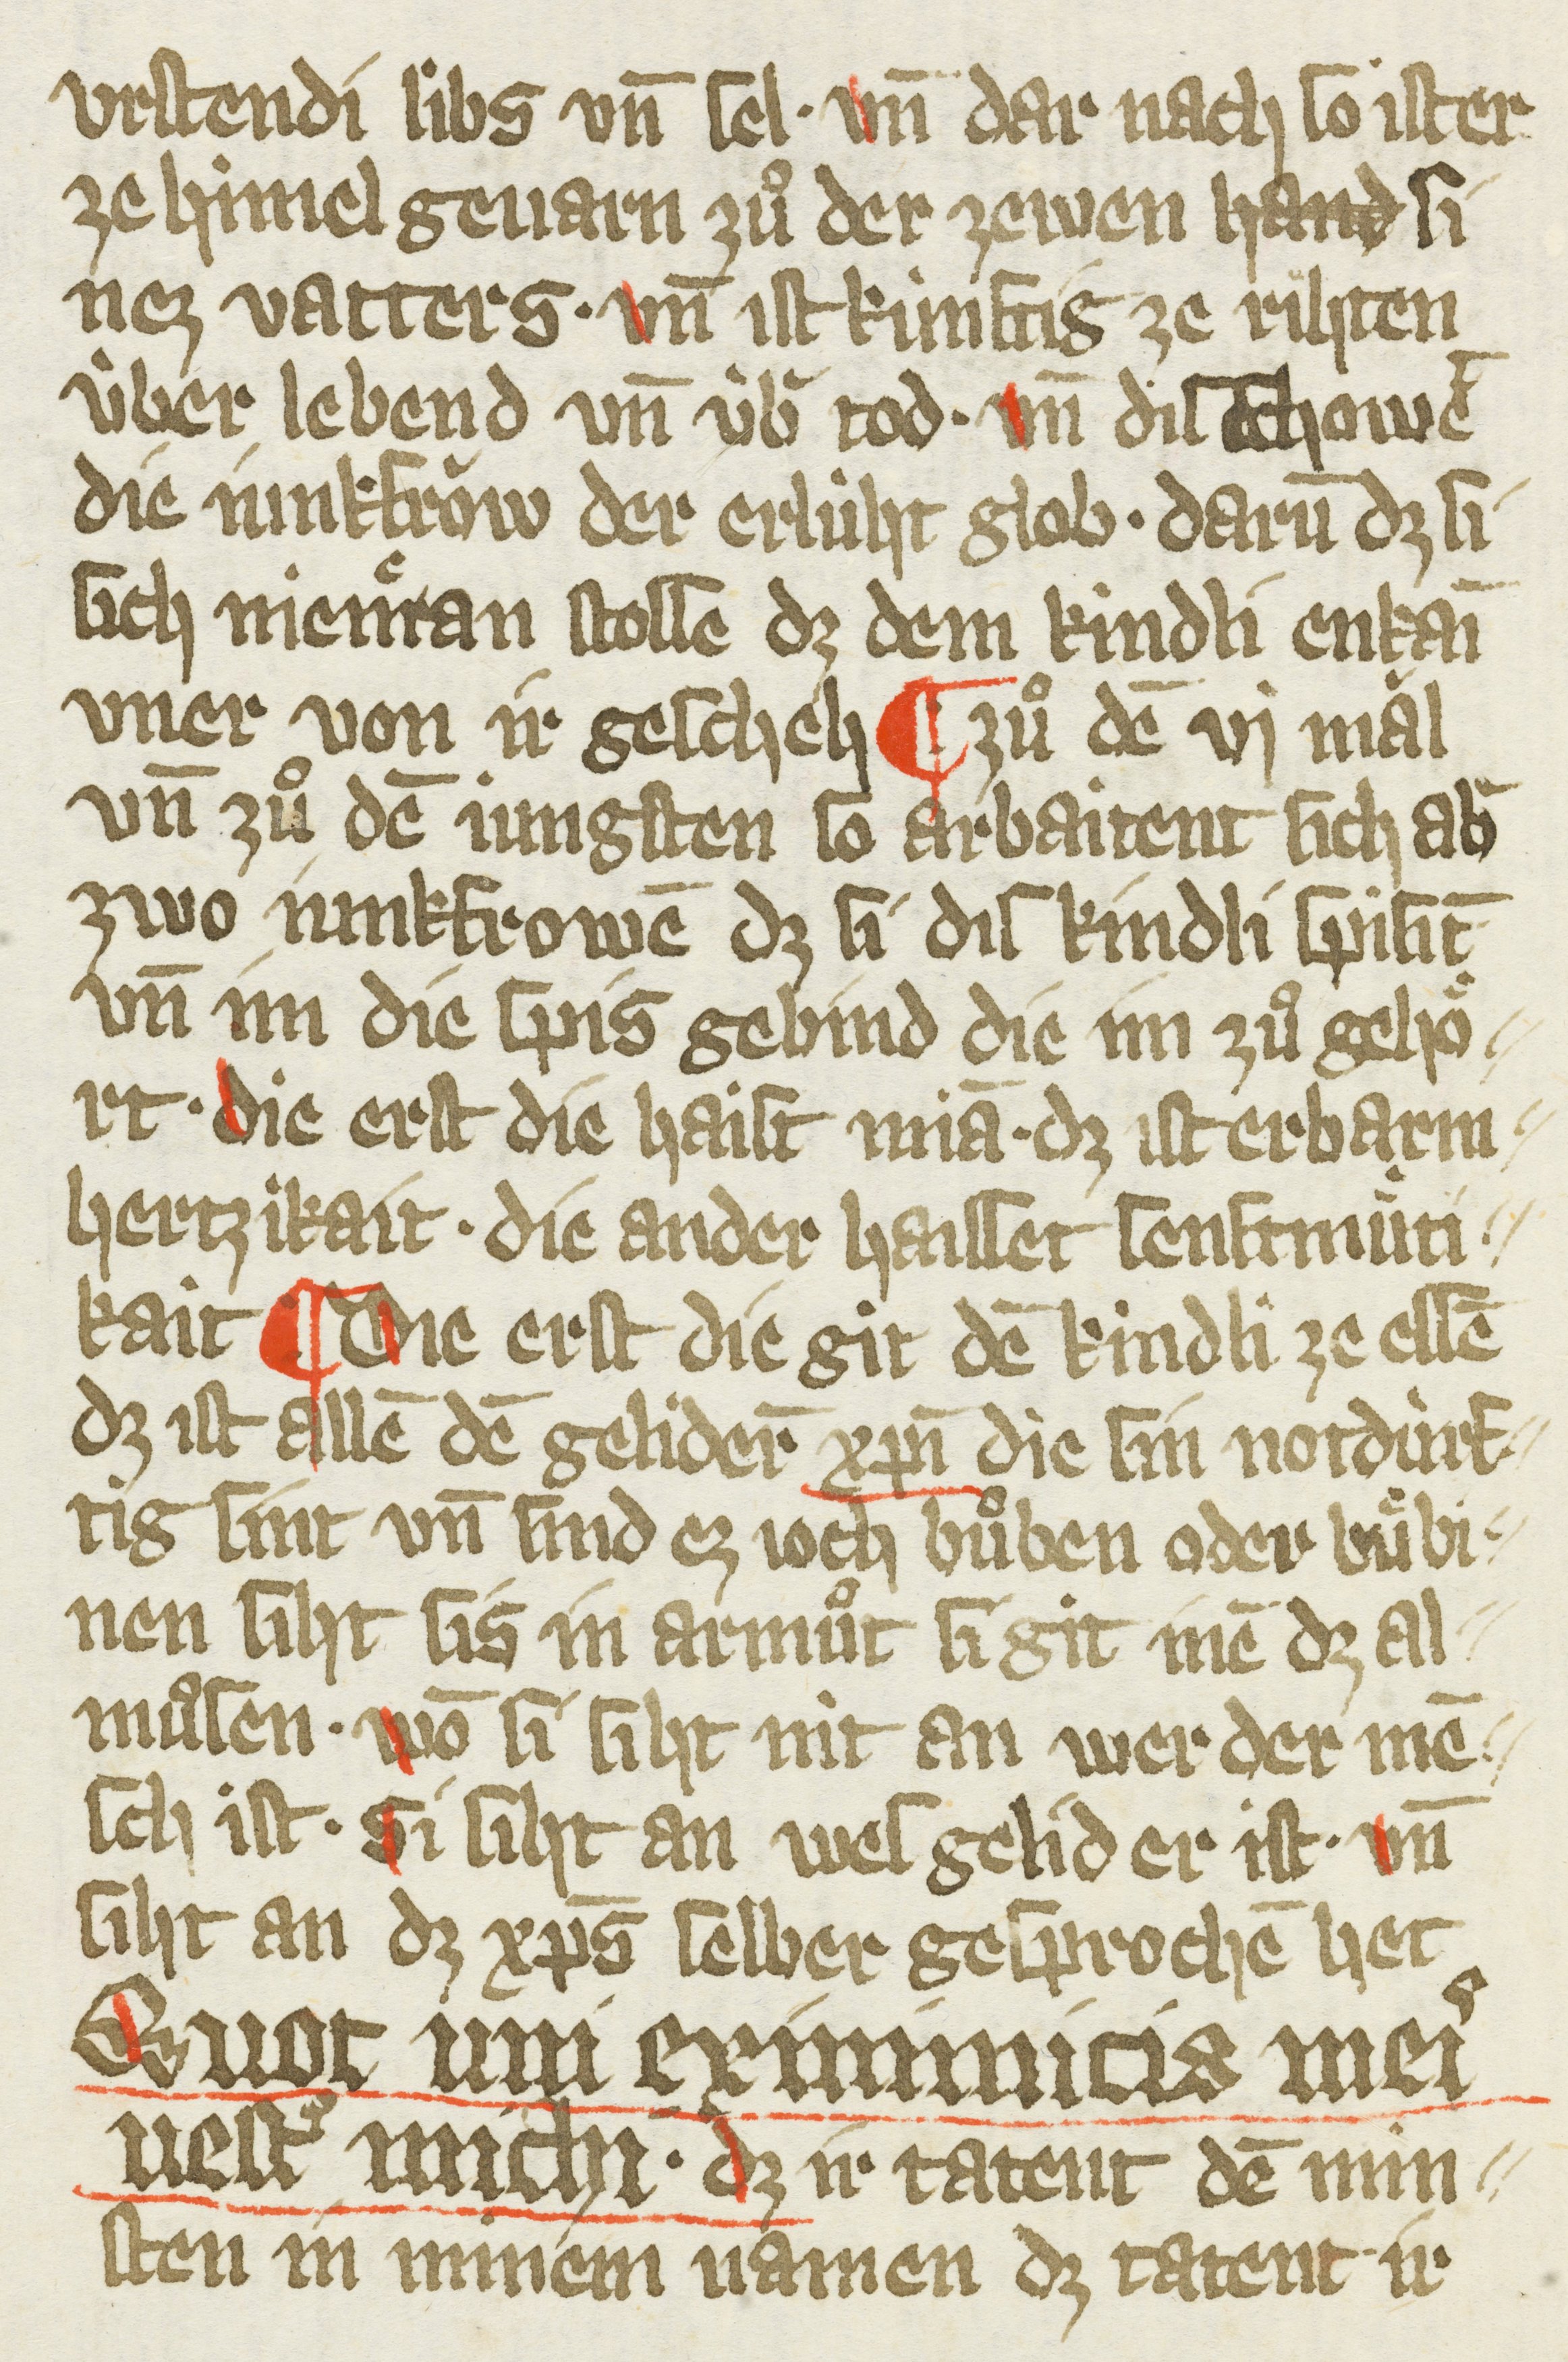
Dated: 1385–1415